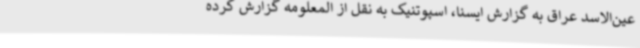
عین‌الاسد عراق به گزارش ایسنا، اسپوتنیک به نقل از المعلومه گزارش کرده